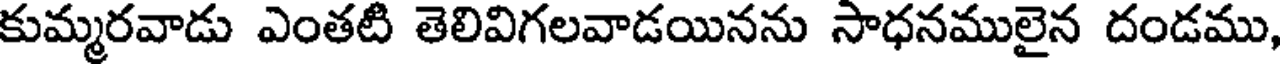
కుమ్మరవాడు ఎంతటి తెలివిగలవాడయినను సాధనములైన దండము,